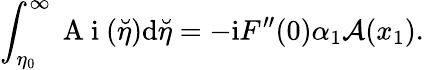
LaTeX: \int_{\eta_{0}}^{\infty}\mathrm{~A~i~}(\breve{\eta})\mathrm{d}\breve{\eta}=-\mathrm{i}F^{\prime\prime}(0)\alpha_{1}\mathcal{A}(x_{1}).